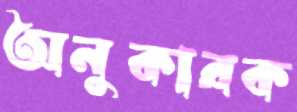
অনুকারক